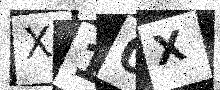
Text: X10X